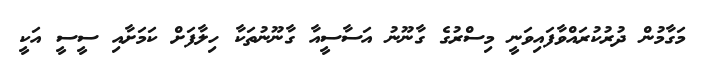
މަގާމުން ދުރުކުރައްވާފައިވަނީ މިސްރުގެ ގާނޫނު އަސާސީއާ ގާނޫނުތަކާ ހިލާފަށް ކަމަށާއި ސީސީ އަކީ